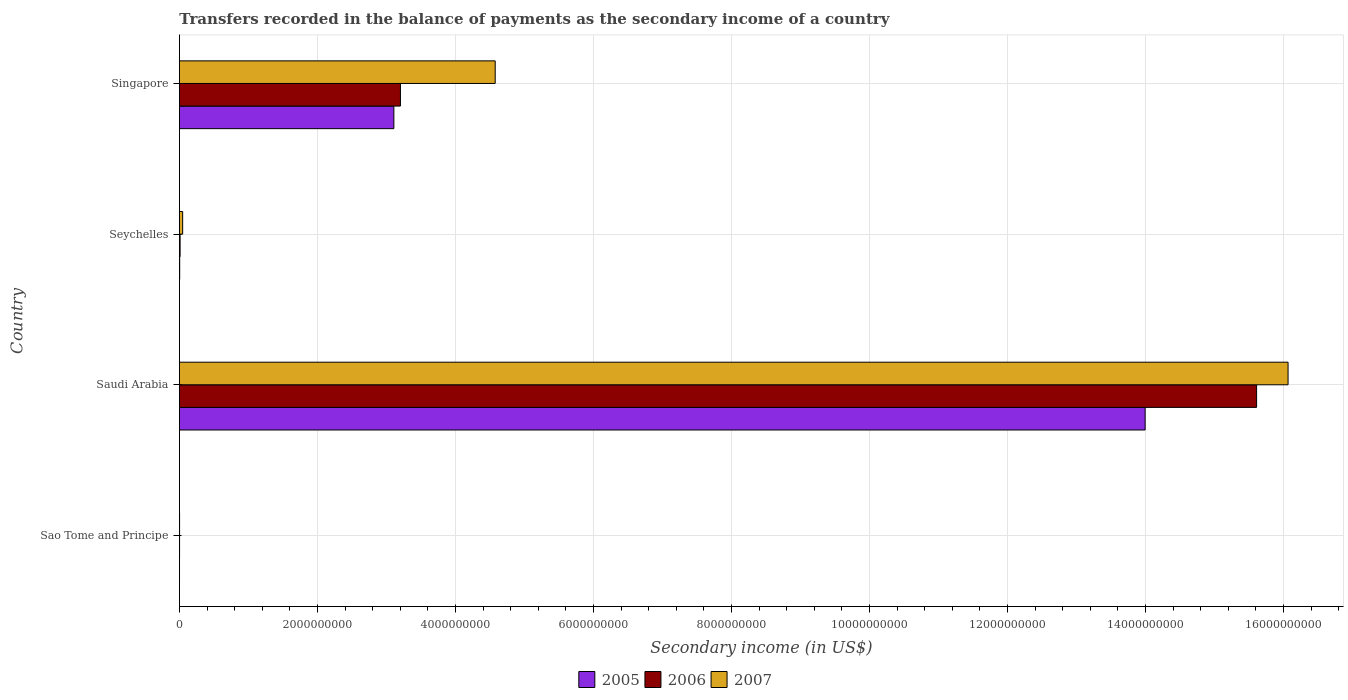
| Country | 2005 | 2006 | 2007 |
 | --- | --- | --- | --- |
 | Sao Tome and Principe | 1.46e+06 | 2.23e+06 | 2.27e+06 |
 | Saudi Arabia | 1.4e+10 | 1.56e+10 | 1.61e+10 |
 | Seychelles | 3.99e+06 | 9.75e+06 | 4.69e+07 |
 | Singapore | 3.11e+09 | 3.2e+09 | 4.58e+09 |